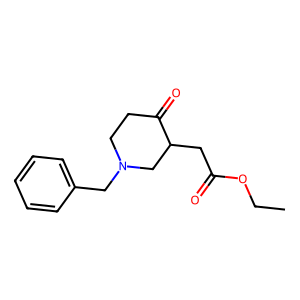
SMILES: CCOC(=O)CC1CN(Cc2ccccc2)CCC1=O
Inhibits HIV replication: No